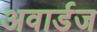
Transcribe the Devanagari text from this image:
अवार्डज